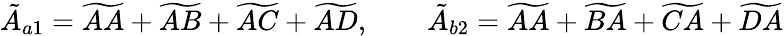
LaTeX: \tilde{A}_{a1}=\widetilde{AA}+\widetilde{AB}+\widetilde{AC}+\widetilde{AD},\qquad\tilde{A}_{b2}=\widetilde{AA}+\widetilde{BA}+\widetilde{CA}+\widetilde{DA}